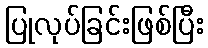
ပြုလုပ်ခြင်းဖြစ်ပြီး